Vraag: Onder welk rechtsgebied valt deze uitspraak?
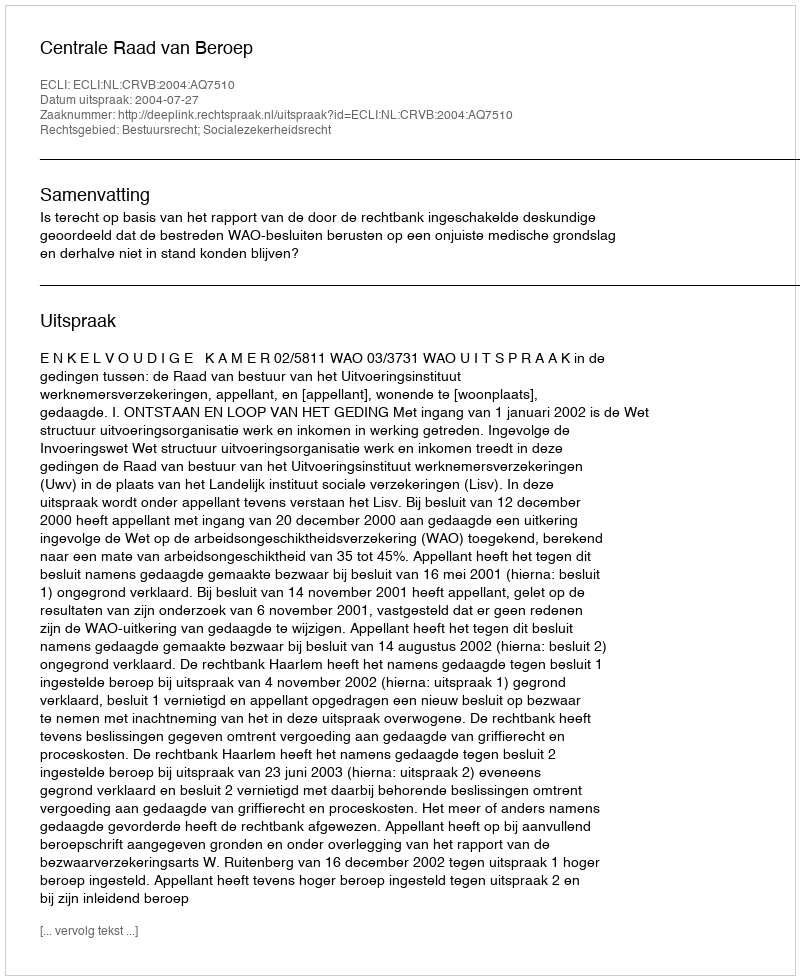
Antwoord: Bestuursrecht; Socialezekerheidsrecht